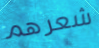
شعرهم